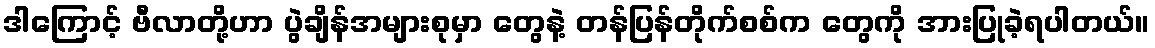
ဒါကြောင့် ဗီလာတို့ဟာ ပွဲချိန်အများစုမှာ တွေနဲ့ တန်ပြန်တိုက်စစ်က တွေကို အားပြုခဲ့ရပါတယ်။